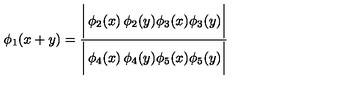
\phi _ { 1 } ( x + y ) = { \frac { \biggl | \begin{matrix} { \phi _ { 2 } ( x ) } & { \phi _ { 2 } ( y ) } \\ { \phi _ { 3 } ( x ) } & { \phi _ { 3 } ( y ) } \\ \end{matrix} \biggr | } { \biggl | \begin{matrix} { \phi _ { 4 } ( x ) } & { \phi _ { 4 } ( y ) } \\ { \phi _ { 5 } ( x ) } & { \phi _ { 5 } ( y ) } \\ \end{matrix} \biggr | } }